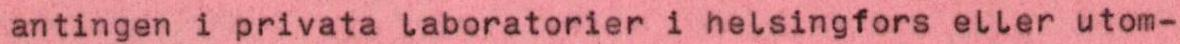
antingen i privata laboratorier i helsingfors eller utom-